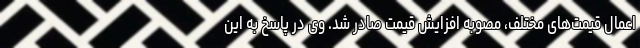
اعمال قیمت‌های مختلف، مصوبه افزایش قیمت صادر شد. وی در پاسخ به این